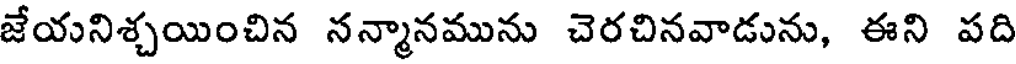
జేయనిశ్చయించిన నన్మానమును చెరచినవాడును, ఈని పది